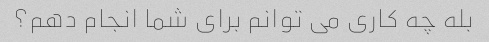
بله چه کاری می توانم برای شما انجام دهم؟